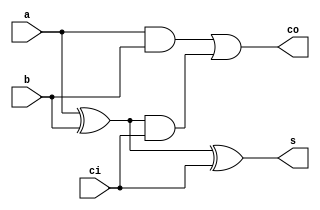
//1
module FA (a, b, ci, s, co);
    input a, b, ci;
    output s, co;
    wire st;

    assign st = a ^ b;
    assign s = st ^ ci;
    assign co = (a & b) | (st & ci);
endmodule